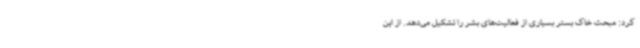
کرد: مبحث خاک بستر بسیاری از فعالیت‌های بشر را تشکیل می‌دهد. از این